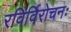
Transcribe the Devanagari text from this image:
रविर्विरोचनः